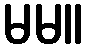
မမ။